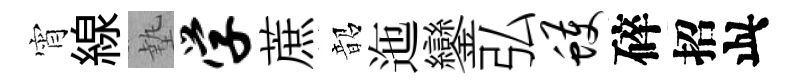
宵線墊学蔗韶迤鑾弘蠖碎招此